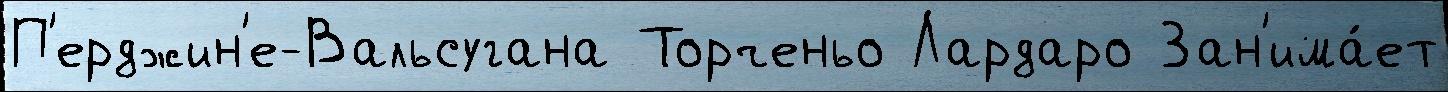
П'ерджин'е-Вальсугана Торченьо Лардаро Зан'има́ет